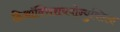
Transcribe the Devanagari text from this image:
डिऑक्सिरायबोन्युक्लिक